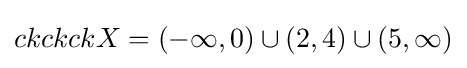
ckckckX=(-\infty ,0)\cup (2,4)\cup (5,\infty )